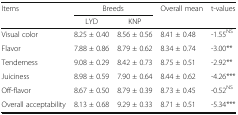
| <ROWSPAN=2> Items | <COLSPAN=2> Breeds | <ROWSPAN=2> Overall mean | <ROWSPAN=2> t-values |
 | LYD | KNP |
 | --- | --- | --- | --- | --- |
 | Visual color | 8.25 ± 0.40 | 8.56 ± 0.56 | 8.41 ± 0.48 | -1.55NS |
 | Flavor | 7.88 ± 0.86 | 8.79 ± 0.62 | 8.34 ± 0.74 | -3.00** |
 | Tenderness | 9.08 ± 0.29 | 8.42 ± 0.73 | 8.75 ± 0.51 | -2.92** |
 | Juiciness | 8.98 ± 0.59 | 7.90 ± 0.64 | 8.44 ± 0.62 | -4.26*** |
 | Off-flavor | 8.67 ± 0.50 | 8.79 ± 0.39 | 8.73 ± 0.45 | -0.52NS |
 | Overall acceptability | 8.13 ± 0.68 | 9.29 ± 0.33 | 8.71 ± 0.51 | -5.34*** |